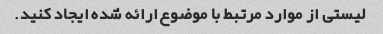
لیستی از موارد مرتبط با موضوع ارائه شده ایجاد کنید.